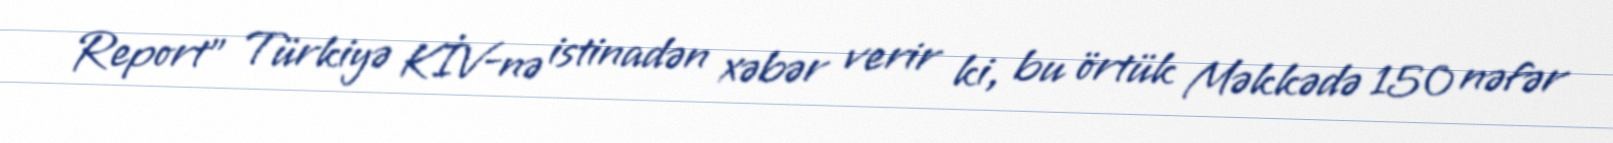
Report" Türkiyə KİV-nə istinadən xəbər verir ki, bu örtük Məkkədə 150 nəfər